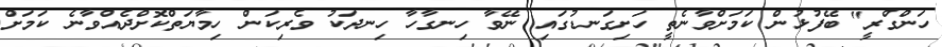
ހަންގްރީ" ބޭފުޅުން ކަމަށްވާނެތީ ހަށިގަނޑުގައި ނޭވާ ހިނގާހާ ހިނދަކު ވެރިކަން ހިމާޔަތްކޮށްދެއްވާނެ ކަމަށް